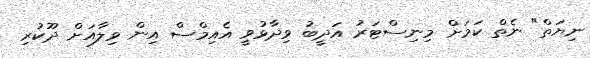
ނިޔަތް" ނެތް ކަމަށް މިނިސްޓަރު އަދީބު ވިދާޅުވީ އެއިމްސް އިން ވިލާއަށް ދޫކުރި